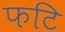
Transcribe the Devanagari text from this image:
फटि